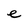
Character: e